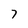
Character: 7